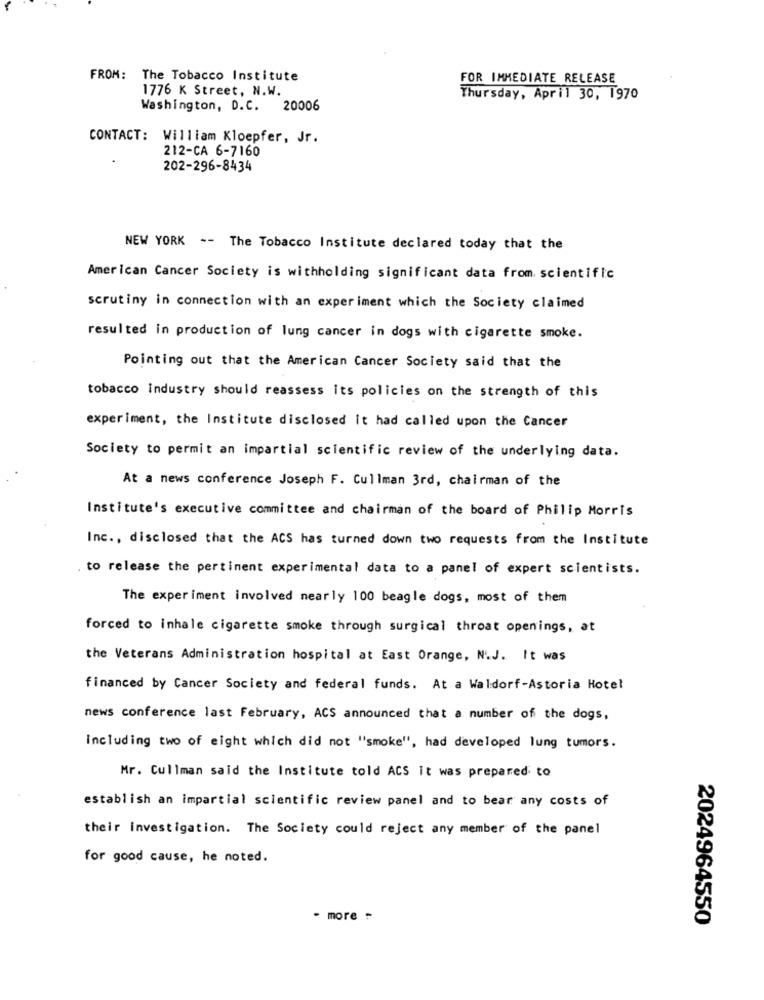
FROM: The Tobacco Institute
FOR IMMEDIATE RELEASE
1776 K Street, N.W.
Thursday, April 30, 1970
Washington, D.C. 20006
CONTACT: William Kloepfer, Jr.
212-CA 6-7160
202-296-8434
NEW YORK -- The Tobacco Institute declared today that the
American Cancer Society is withholding significant data from. scientific
scrutiny in connection with an experiment which the Society claimed
resulted in production of lung cancer in dogs with cigarette smoke.
Pointing out that the American Cancer Society said that the
tobacco industry should reassess its policies on the strength of this
experiment, the Institute disclosed it had called upon the Cancer
Society to permit an impartial scientific review of the underlying data.
At a news conference Joseph F. Cullman 3rd, chairman of the
Institute's executive committee and chairman of the board of Philip Morris
Inc ., disclosed that the ACS has turned down two requests from the Institute
to release the pertinent experimental data to a panel of expert scientists.
The experiment involved nearly 100 beagle dogs, most of them
forced to inhale cigarette smoke through surgical throat openings, at
the Veterans Administration hospital at East Orange, N.J. It was
financed by Cancer Society and federal funds. At a Waldorf-Astoria Hotel
news conference last February, ACS announced that a number of the dogs,
including two of eight which did not "smoke", had developed lung tumors.
Mr. Cullman said the Institute told ACS it was prepared to
establish an impartial scientific review panel and to bear any costs of
their investigation. The Society could reject any member of the panel
for good cause, he noted.
- more :
2024964550